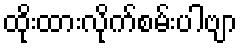
ထိုးထားလိုက်စမ်းပါဗျာ